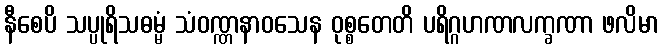
နီစေပိ သပ္ပုရိသဓမ္မံ သံဝဏ္ဏနာဝသေန ဝုစ္စတေတိ ပရိဂ္ဂဟဏလက္ခဏာ ဖလိမာ